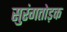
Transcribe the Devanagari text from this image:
सुरंगतोड़क